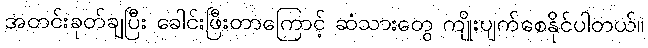
အတင်းခုတ်ချပြီး ခေါင်းဖြီးတာကြောင့် ဆံသားတွေ ကျိုးပျက်စေနိုင်ပါတယ်။